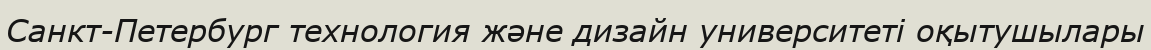
Санкт-Петербург технология және дизайн университеті оқытушылары